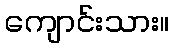
ကျောင်းသား။